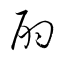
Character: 酌